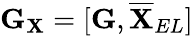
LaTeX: \mathbf{G}_{\mathbf{X}}=[\mathbf{G},\overline{{\mathbf{X}}}_{EL}]